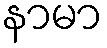
နာမာ